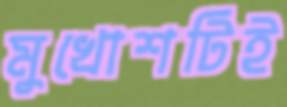
মুখোশটিই